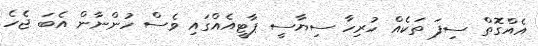
އެއްގޮތް ސިފަ ތަކެއް ހުރިހާ ސިޔާސީ ޕާޓީއެއްގައި ވެސް ހުންނާން އެބަ ޖެހެ